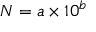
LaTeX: N = a \times 1 0 ^ { b }